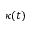
\kappa ( t )